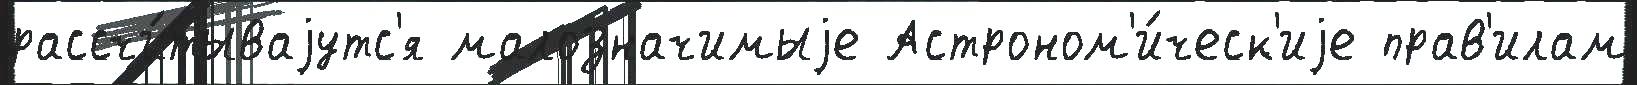
рассчи́тываjутс'я малозначимыjе Астроном'и́ческ'иjе прав'илам